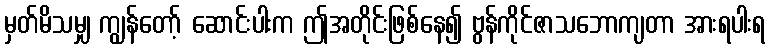
မှတ်မိသမျှ ကျွန်တော့် ဆောင်းပါးက ဤအတိုင်းဖြစ်နေ၍ ဗွန်ကိုင်ဇာသဘောကျတာ အားရပါးရ